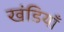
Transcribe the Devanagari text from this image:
खंडियाँ